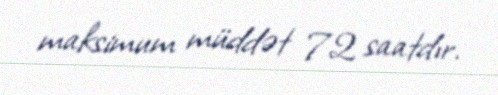
maksimum müddət 72 saatdır.